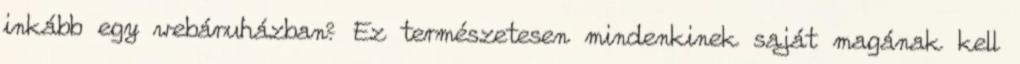
inkább egy webáruházban? Ez természetesen mindenkinek saját magának kell